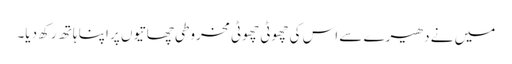
میں نے دھیرے سے اس کی چھوٹی چھوٹی مخروطی چھاتیوں پر اپنا ہاتھ رکھ دیا۔